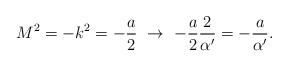
\begin{align*}M^2 = -k^2 = -\frac{a}{2} \ \to\ -\frac{a}{2} \frac{2}{\alpha'}= -\frac{a}{\alpha'}. \end{align*}